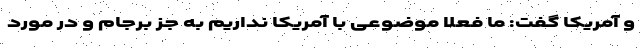
و آمریکا گفت: ما فعلا موضوعی با آمریکا نداریم به جز برجام و در مورد